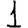
Digit: 1